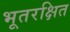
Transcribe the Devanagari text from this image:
भूतरक्षित